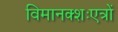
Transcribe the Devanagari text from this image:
विमानक्शःएत्रों